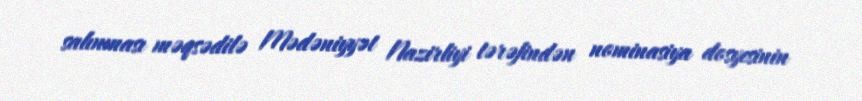
salınması məqsədilə Mədəniyyət Nazirliyi tərəfindən nominasiya dosyesinin